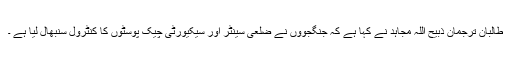
طالبان ترجمان ذبیح اللہ مجاہد نے کہا ہے کہ جنگجووں نے ضلعی سینٹر اور سیکیورٹی چیک پوسٹوں کا کنٹرول سنبھال لیا ہے ۔